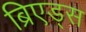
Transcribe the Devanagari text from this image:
ब्रिएड्स